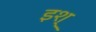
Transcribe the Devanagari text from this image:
इश्